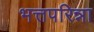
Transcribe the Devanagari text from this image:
भत्तपरिन्ना